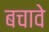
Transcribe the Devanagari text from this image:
बचावे